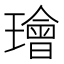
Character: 璯